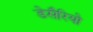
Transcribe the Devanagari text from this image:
डेसैरियो